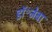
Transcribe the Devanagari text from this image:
डॉ॰जेबा